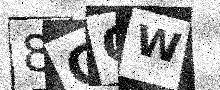
Text: 8COW